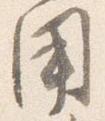
用